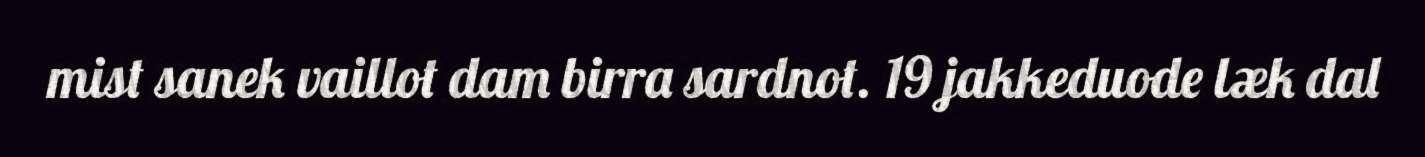
mist sanek vaillot dam birra sardnot. 19 jakkeduode læk dal